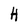
Character: H